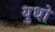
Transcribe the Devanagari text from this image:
युधो